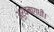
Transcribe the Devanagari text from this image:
अर्धमागधी।